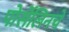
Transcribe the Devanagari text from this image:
पोर्सेलिनचे